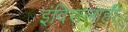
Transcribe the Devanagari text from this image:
इंदिरालाही